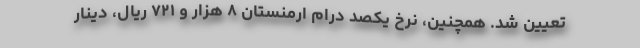
تعیین شد. همچنین، نرخ یکصد درام ارمنستان ۸ هزار و ۷۲۱ ریال، دینار